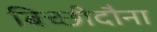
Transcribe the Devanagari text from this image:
बिच्छीदौना